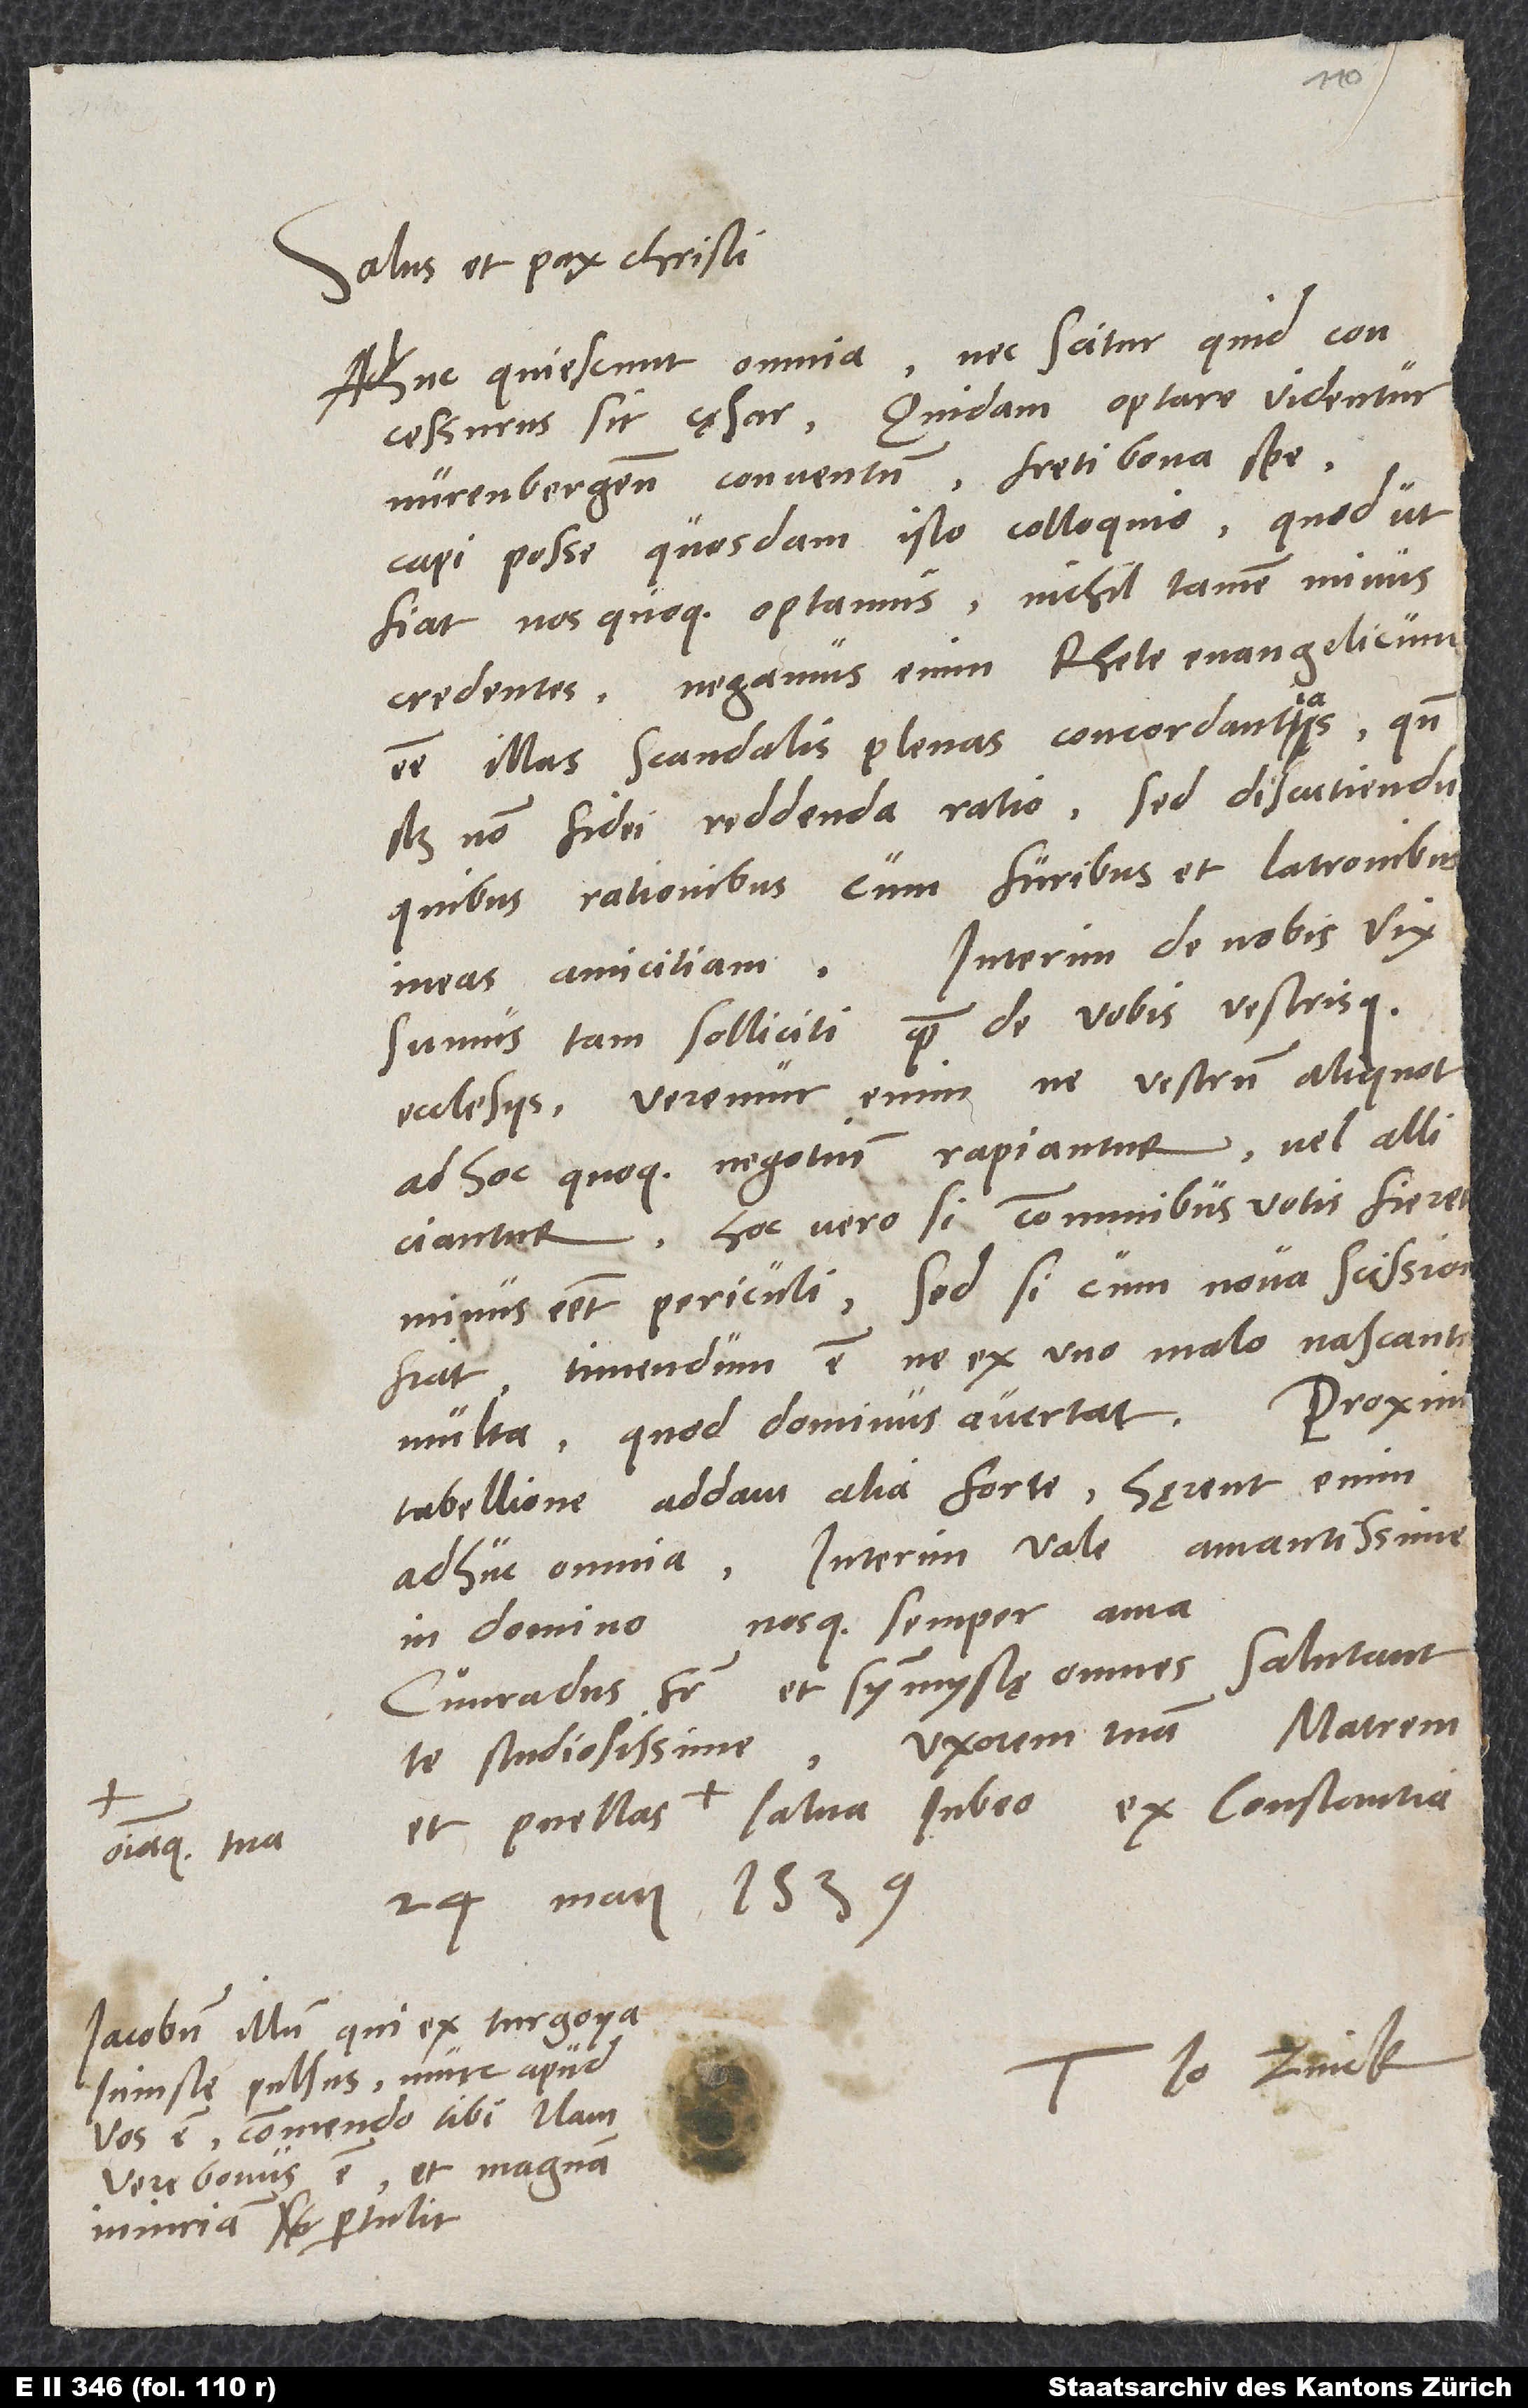
Salus et pax Christi.
Adhuc quiescunt omnia, nec scitur, quid concessurus
Nurenbergensem conventum freti bona spe
capi posse quosdam isto colloquio. Quod ut
fiat, nos quoque optamus nichil tamen minus
credentes; negamus enim rhete evangelicum
esse illas scandalis plenas concordantias, quando
non fidei reddenda ratio, sed discutiendu,
quibus rationibus cum furibus et latronibus
amicitiam. Interim de nobis vix
sumus tam solliciti quam de vobis vestrisque
ecclesiis; veremur enim, ne vestrum aliquot
ad hoc quoque negotium rapiantur vel alliciantur.
Hoc vero si communibus votis fieret,
minus esset periculi; sed si cum nova scissio
tabellione addam alia forte; hęrent enim
in domino, nosque semper ama.
Cuͦnradus frater et symmystę omnes salutant
te studiosissime. Uxorem tuam, matrem
omniaque tua
24. maii 1539.
Iacobum illum, qui ex Turgoya
Io. Zvick.
iniuste pulsus nunc apud
vos est, commendo tibi; nam
et magnam
vere bonus
iniuriam pertulit.